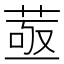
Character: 䓧